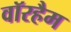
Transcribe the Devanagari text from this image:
वॉरहैम